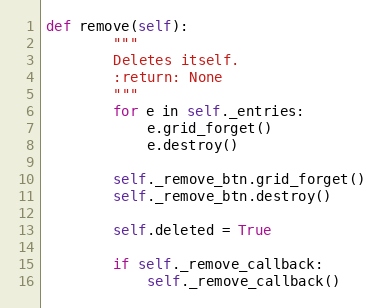
Language: Python
def remove(self):
        """
        Deletes itself.
        :return: None
        """
        for e in self._entries:
            e.grid_forget()
            e.destroy()

        self._remove_btn.grid_forget()
        self._remove_btn.destroy()

        self.deleted = True

        if self._remove_callback:
            self._remove_callback()